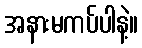
အနားမကပ်ပါနဲ့။